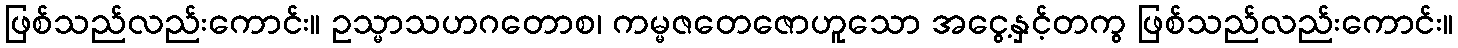
ဖြစ်သည်လည်းကောင်း။ ဥသ္မာသဟဂတောစ၊ ကမ္မဇတေဇောဟူသော အငွေ့နှင့်တကွ ဖြစ်သည်လည်းကောင်း။